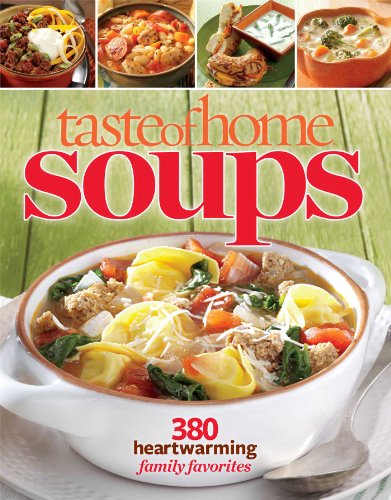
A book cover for Taste of Home Soups: 380 Heartwarming Family Favorites; Taste Of Home; Cookbooks, Food & Wine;